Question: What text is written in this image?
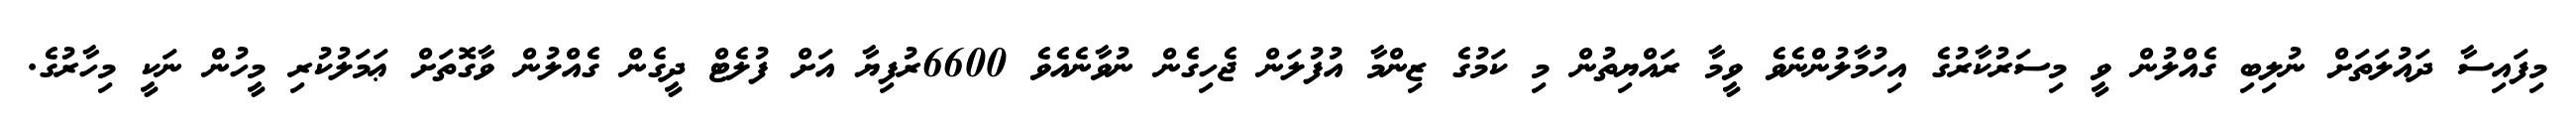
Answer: މިފައިސާ ދައުލަތަށް ނުލިބި ގެއްލުން ވީ މިސަރުކާރުގެ އިހުމާލުންނެވެ ވީމާ ރައްޔިތުން މި ކަމުގެ ޒިންމާ އުފުލަން ޖެހިގެން ނުވާނެއެވެ 6600ރުފިޔާ އަށް ފުލެޓް ދީގެން ގެއްލުން ވާގޮތަށް ޢަމަލުކުރި މީހުން ނަކީ މިހާރުގެ.